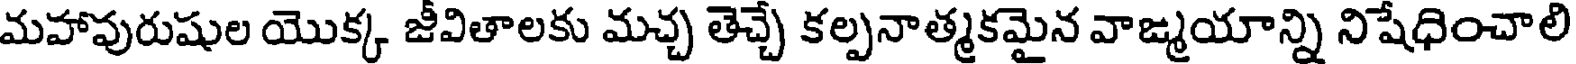
మహావురుషుల యొక్క జీవితాలకు మచ్చ తెచ్చే కల్పనాత్మకమైన వాఙ్మయాన్ని నిషేధించాలి